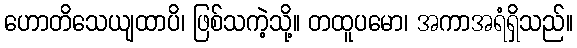
ဟောတိသေယျထာပိ၊ ဖြစ်သကဲ့သို့။ တထူပမော၊ အကာအရံရှိသည်။